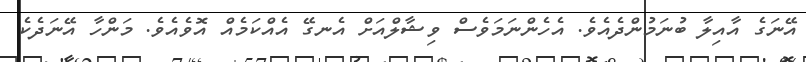
އޭނަގެ އާއިލާ ބުނަމުންދެއެވެ. އެހެންނަމަވެސް ވިޝާލްއަށް އެނގޭ އެއްކަމެއް އޮވެއެވެ. މަންހާ އޭނަދެކެ